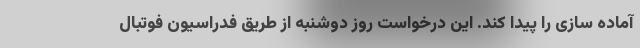
آماده سازی را پیدا کند. این درخواست روز دوشنبه از طریق فدراسیون فوتبال